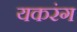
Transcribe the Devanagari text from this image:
यकरंग